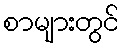
စာများတွင်